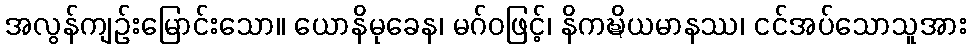
အလွန်ကျဉ်းမြောင်းသော။ ယောနိမုခေန၊ မဂ်ဝဖြင့်၊ နိကဍ္ဎိယမာနဿ၊ ငင်အပ်သောသူအား